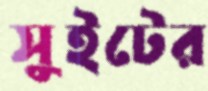
সুইটের